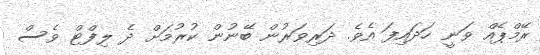
ރޭމްޕެއް ވަނީ ހަދައިފަ އެވެ. ދަރިވަރުން ބޭނުން ކުރުމަށް ދެ ލިފްޓް ވެސް